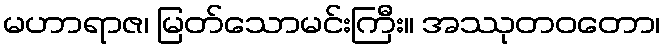
မဟာရာဇ၊ မြတ်သောမင်းကြီး။ အဿုတဝတော၊